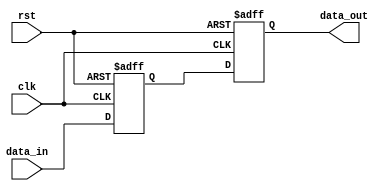
module io_buffer (
  input wire clk,
  input wire rst,
  input wire data_in,
  output reg data_out
);

reg data_buffer;
reg error_detect;
reg error_correct;

always @(posedge clk or posedge rst) begin
  if (rst) begin
    data_buffer <= 0;
    error_detect <= 0;
    error_correct <= 0;
  end else begin
    data_buffer <= data_in;
    // Error detection and correction logic here
  end
end

always @(posedge clk or posedge rst) begin
  if (rst) begin
    data_out <= 0;
  end else begin
    data_out <= data_buffer;
  end
end

endmodule